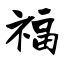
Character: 福